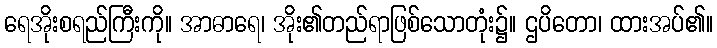
ရေအိုးစရည်ကြီးကို။ အာဓာရေ၊ အိုး၏တည်ရာဖြစ်သောတုံး၌။ ဌပိတော၊ ထားအပ်၏။